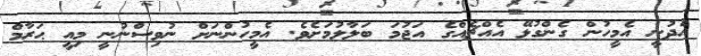
އެދުނީ އެމީހުން ގެންގުޅޭ އެއްޗެއްގެ އަޖުމަ ބަލާލުމަށެވެ. އެމީހުންނަށް ނުވިސްނުނީ މިއީ ޙަރާމް